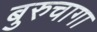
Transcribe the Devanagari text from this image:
बुरुचागा